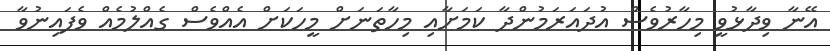
އޭނާ ވިދާޅުވީ މިހާރުވެސް އުދައަރަމުންދާ ކަމަށާއި މިހާތަނަށް މީހަކަށް އެއްވެސް ގެއްލުމެއް ވެފައިނުވާ